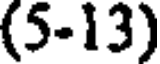
(5-13)